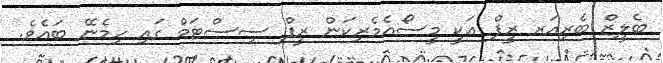
ބެލީޒް ބެރިއަރ ރީފް އަކީ މީސޯއެމެރިކަން ރީފް ސިސްޓަމް ގައި ހިމެނޭ ބައެވެ.